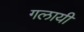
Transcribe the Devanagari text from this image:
गलायी